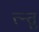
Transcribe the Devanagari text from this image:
त्न्तु